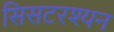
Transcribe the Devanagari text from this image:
सिसटरश्यन